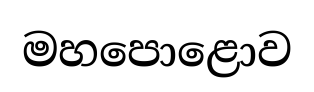
මහපොළොව